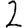
Digit: 2